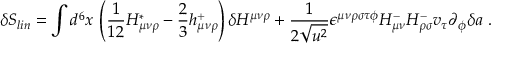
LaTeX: \delta S _ { l i n } = \int d ^ { 6 } x \, \left( \frac 1 { 1 2 } H _ { \mu \nu \rho } ^ { * } - \frac 2 3 h _ { \mu \nu \rho } ^ { + } \right) \delta H ^ { \mu \nu \rho } + \frac 1 { 2 \sqrt { u ^ { 2 } } } \epsilon ^ { \mu \nu \rho \sigma \tau \phi } H _ { \mu \nu } ^ { - } H _ { \rho \sigma } ^ { - } v _ { \tau } \partial _ { \phi } \delta a \ .